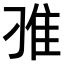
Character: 𨾆